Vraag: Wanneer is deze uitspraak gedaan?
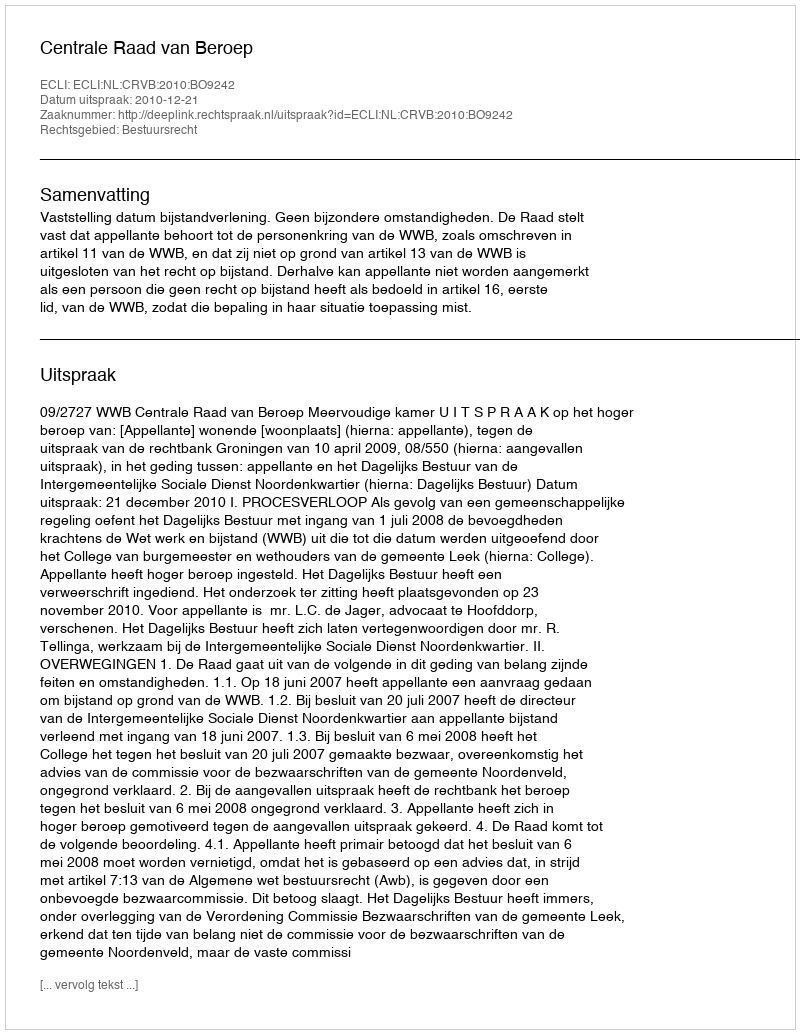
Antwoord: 2010-12-21